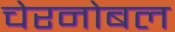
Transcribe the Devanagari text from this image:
चेरनोबल